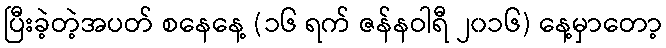
ပြီးခဲ့တဲ့အပတ် စနေနေ့ (၁၆ ရက် ဇန်နဝါရီ ၂၀၁၆) နေ့မှာတော့